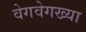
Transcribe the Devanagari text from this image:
वेगवेगख्या